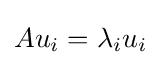
{\textstyle Au_{i}=\lambda _{i}u_{i}}